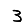
Digit: 3